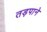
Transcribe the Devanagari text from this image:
तड़पाने